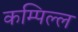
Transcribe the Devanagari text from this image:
कम्पिल्ल